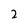
Character: 2